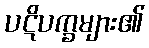
ပဋိပက္ခများ၏